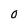
Character: 0